Report on sanitation, dispensaries, and jails in Rajputana for 1920, and on vaccination for the year 1920-1921 - 1920-1921
Year: 1920
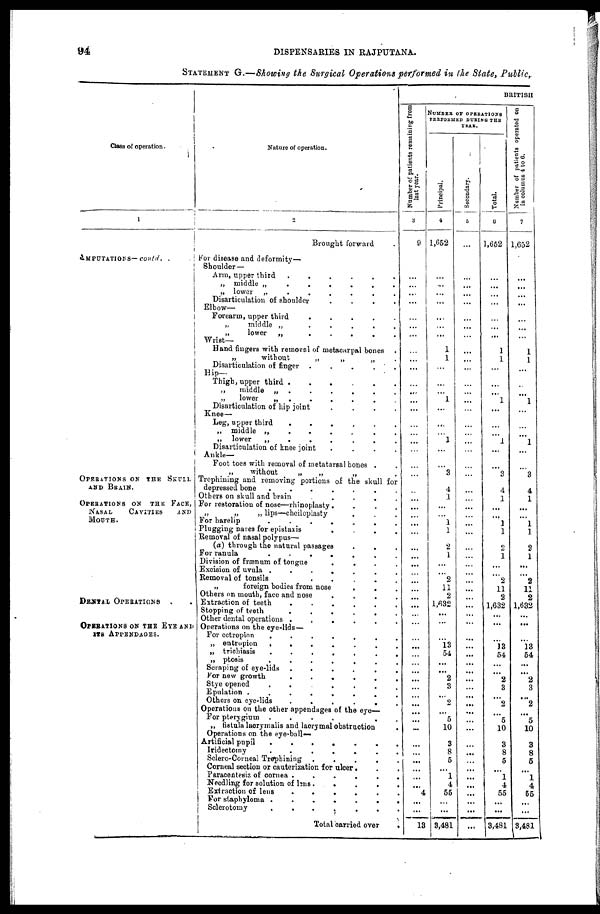
94
DISPENSARIES IN RAJPUTANA.
STATEMENT G.—Showing the Surgical Operations performed in the State, Public,
Class of operation.
1
AMPUTATIONS— contd,
..
OPERATIONS ON THE SKULL
AND BRAIN.
OPERATIONS ON THE FACE,
NASAL
CAVITIES
AND
MOUTH.
DENTAL OPERATIONS
..
OPERATIONS ON THE EYE AND
ITS APPENDAGES.
Nature of operation.
2
Brought forward .
For disease and deformity—
Shoulder —
Arm, upper third
......
„ middle „
......
„ lower „
......
Disarticulation of shoulder
....
Elbow—
Forearm, upper third
.....
„
middle „
.....
„
lower
„
.....
Wrist-
Hand fingers with removal of metacarpal bones .
„
without
„
„
„
Disarticulation of
finger
......
Hip—
Thigh, upper third
......
„
middle „
......
„
lower
„
.....
Disarticulation of hip joint
.....
Knee—
Leg, upper third
......
„ middle „
......
„ lower
„
......
Disarticulation of knee joint ......
Ankle—
Foot toes with removal of metatarsal bones .
„
without
„
„
„ .
Trephining and removing portions of the skull for
depressed bone
.......
Others on skull and brain
......
For restoration of nose—rhinoplasty ....
„
„
„ lips—chciloplasty ....
For harelip
........
Plugging nares for epistaxis
...
Removal of nasal polypus—
(a) through the natural passages ...
For ranula
......
Division of frænum of
tongue......
Excision of uvula
......
Removal of tonsils
....
„
foreign bodies from nose ...
Others on mouth, face and nose ......
Extraction of teeth
.....
Stopping of teeth
.....
Other dental operations
.....
Operations on the eye-lids—
For ectropion
......
„ entropion
......
„ trichiasis
......
„ ptosis
......
Scraping of eye-lids
.....
For new growth
.....
Stye opened
......
Epulation
.......
Others on eye-lids
.....
Operations on the other appendages of the eye—
For pterygium
....
„ fistula lacrymalis and lacrymal obstruction.
Operations on the eye-ball—
Artificial pupil
.....
Iridectomy
......
Sclero-Corneal Trephining ......
Corneal section or cauterization for ulcer. ...
Paracentesis of cornea
.....
Needling for solution of lens ......
Extraction of lens
.....
For staphyloma
......
Sclerotomy
.....
Total carried over .
BRITISH
Number of patients remaining from
last year.
3
9
...
...
...
...
...
...
...
...
...
...
...
...
....
...
...
...
...
...
...
...
...
...
...
...
...
...
...
...
...
...
...
...
...
...
...
...
...
...
...
...
...
...
...
...
...
...
...
...
...
...
...
...
...
...
...
4
...
...
13
NUMBER OF OPERATIONS
PERFORMED
DURING THE
YEAR.
Principal.
4
1,652
...
...
...
...
...
...
...
1
1
...
...
...
...
1
...
...
...
1
...
...
3
4
1
...
...
1
1
2
1
...
...
2
11
2
1,632
...
...
...
13
54
...
...
2
3
...
2
...
5
10
3
8
5
...
1
4
55
...
...
3,481
Secondary.
5
...
...
...
...
...
...
...
...
...
...
...
...
...
...
...
...
...
...
...
...
...
...
...
...
...
...
...
...
...
...
...
...
...
...
...
...
...
...
...
...
...
...
...
...
...
...
...
...
...
...
...
...
...
...
...
...
...
...
...
...
Total.
6
1,652
...
...
...
...
...
...
...
1
1
...
...
...
...
1
...
...
...
1
...
...
3
4
1
...
...
1
1
2
1
...
...
2
11
2
1,632
...
...
...
13
54
...
...
2
3
...
2
...
5
10
3
8
5
...
1
4
55
...
...
3,481
Number of patients operated on
in columns 4 to 6.
7
1,652
...
...
...
...
...
...
...
1
1
...
...
...
...
1
...
...
...
1
...
...
3
4
1
...
...
1
1
2
1
...
...
2
11
2
1,632
...
...
...
13
54
...
...
2
3
...
2
...
5
10
3
8
5
...
1
4
55
...
...
3,481